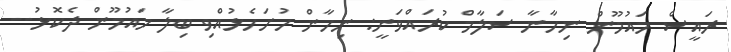
ރައީސް މައުމޫން ނިހާނާ ސަލާމް ކުރައްވަނީ: ނިހާން ހުށަހެޅުއްވި ބިލާ މައުމޫން ދެކޮޅު--